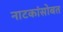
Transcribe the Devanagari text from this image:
नाटकांसोबत